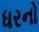
ધરનો